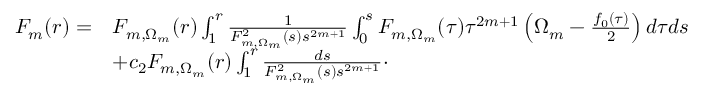
\begin{array} { r l } { F _ { m } ( r ) = } & { F _ { m , \Omega _ { m } } ( r ) \int _ { 1 } ^ { r } \frac { 1 } { F _ { m , \Omega _ { m } } ^ { 2 } ( s ) s ^ { 2 m + 1 } } \int _ { 0 } ^ { s } F _ { m , \Omega _ { m } } ( \tau ) \tau ^ { 2 m + 1 } \left( \Omega _ { m } - \frac { f _ { 0 } ( \tau ) } { 2 } \right) d \tau d s } \\ & { + c _ { 2 } F _ { m , \Omega _ { m } } ( r ) \int _ { 1 } ^ { r } \frac { d s } { F _ { m , \Omega _ { m } } ^ { 2 } ( s ) s ^ { 2 m + 1 } } \cdot } \end{array}